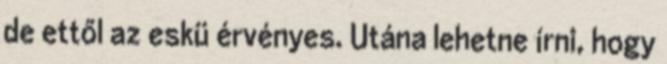
de ettől az eskü érvényes. Utána lehetne írni, hogy